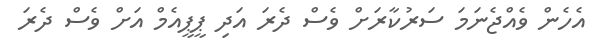
އެހެން ވެއްޖެނަމަ ސަރުކާރަށް ވެސް ދެރަ އަދި ޕީޕީއެމް އަށް ވެސް ދެރަ